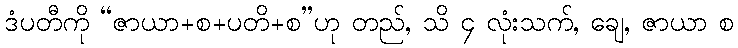
ဒံပတီကို “ဇာယာ+စ+ပတိ+စ”ဟု တည်, သိ ၄ လုံးသက်, ချေ, ဇာယာ စ